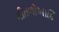
ચીતળોઆદિ